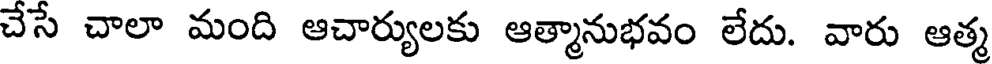
చేసే చాలా మంది ఆచార్యులకు ఆత్మానుభవం లేదు. వారు ఆత్మ